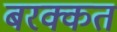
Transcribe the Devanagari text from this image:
बरक्कत